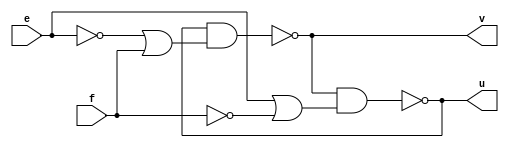
// this latch will avoid making a,b inputs of latch1.v to {0,0} at same time
//instead whenever such input occur it it make it to {1,1}
// as when {a,b}={1,1} the q(n+1) = q(n) previous output is repeated[saved, propagated]
//this is a nanad based latch with watchman to stop 00 from enteringa s inputs
module latch2 (e,f,u,v);
	input e,f;
	output u,v;
	
	not n1(e_bar,e);
	not n2(f_bar,f);
	
	or o1(a,e,f_bar);
	or o2 (b,e_bar,f);
	
	nand G1(u,v,a);
	nand  G2(v,u,b);
	
endmodule